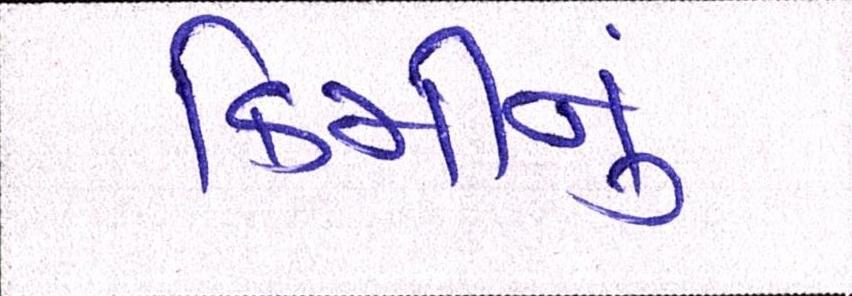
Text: કિમીનું